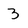
Character: 3